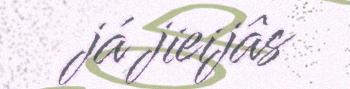
já jieijâs